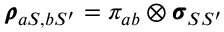
\pmb { \rho } _ { a S , b S ^ { \prime } } = \pi _ { a b } \otimes \pmb { \sigma } _ { S S ^ { \prime } }